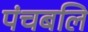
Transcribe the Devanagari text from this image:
पंचबलि